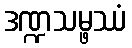
ဒဏ္ဍသမ္ဖဿံ